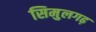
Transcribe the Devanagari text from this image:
सिमुलगढ़